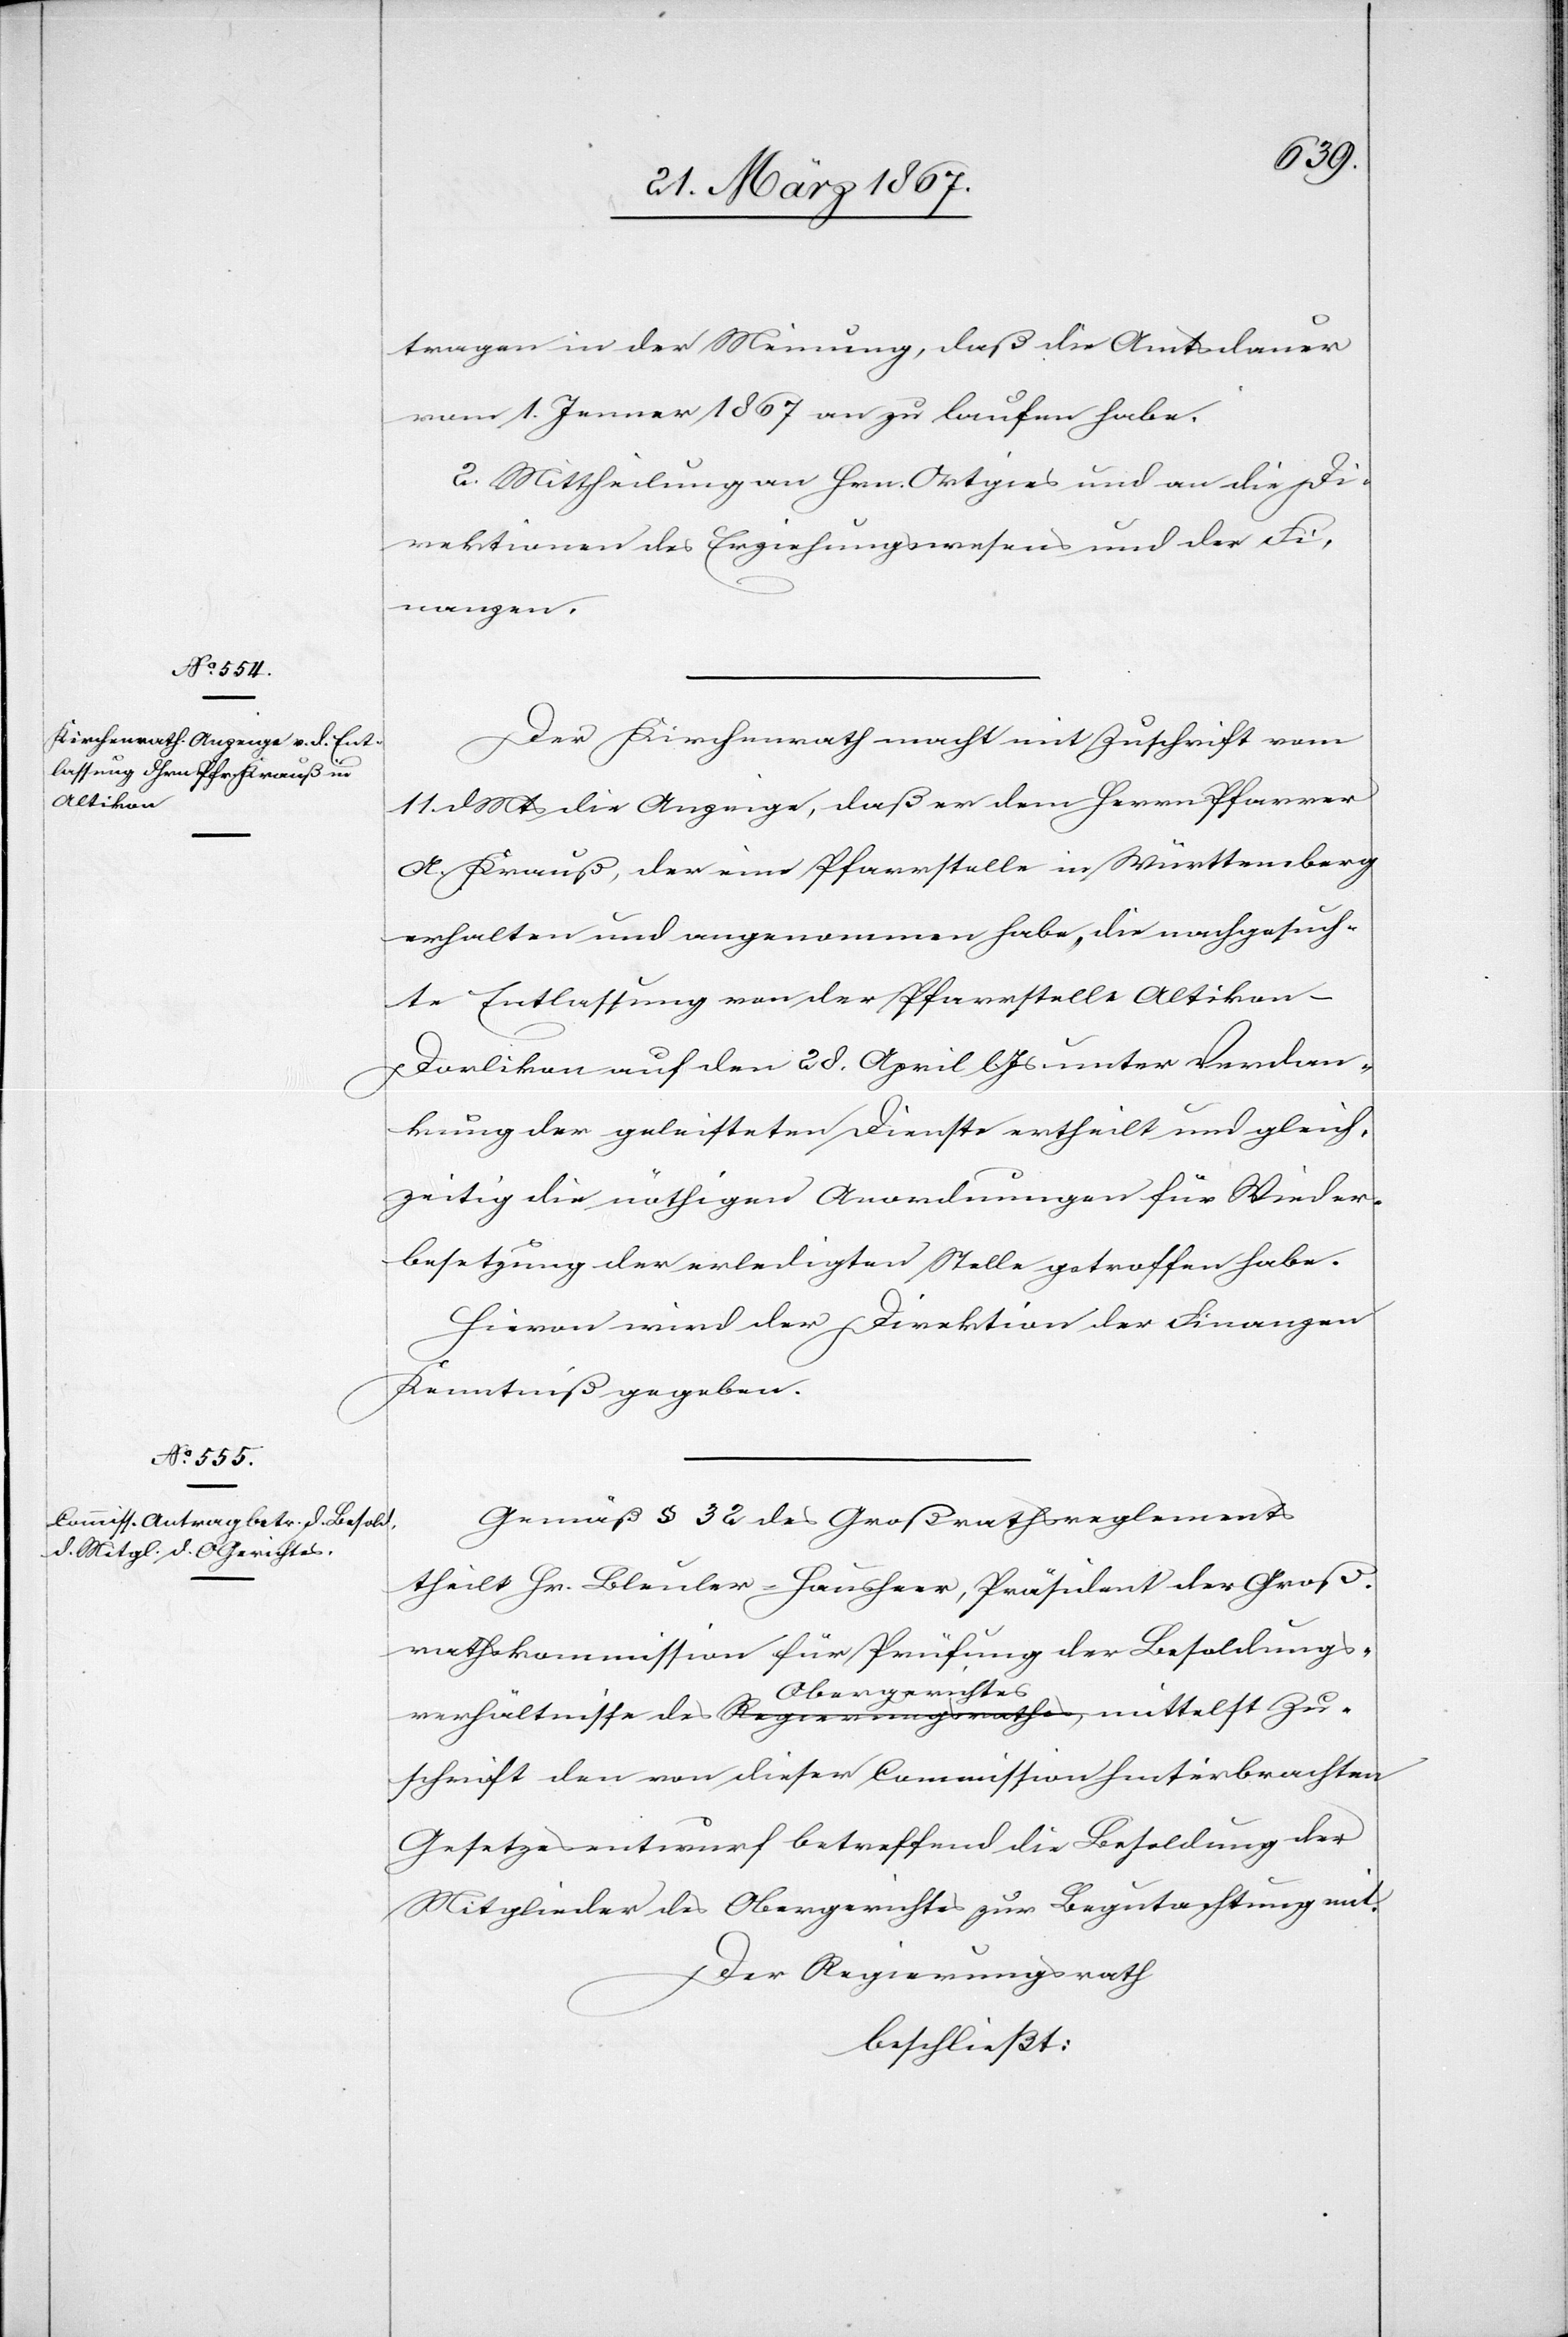
tragen in der Meinung, daß die Amtsdauer
vom 1. Jenner 1867 an zu laufen habe.
2. Mittheilung an Hrn. Ortgies und an die Di¬
rektionen des Erziehungswesens und der Fi¬
nanzen.
Der Kirchenrath macht mit Zuschrift vom
11. d. Mts die Anzeige, daß er dem Herrn Pfarrer
A. Krauß, der eine Pfarrstelle in Württemberg
erhalten und angenommen habe, die nachgesuch¬
te Entlassung von der Pfarrstelle Altikon-D¬
orlikon auf den 28. April l. Js unter Verdan¬
kung der geleisteten Dienste ertheilt und gleich¬
zeitig die nöthigen Anordnungen für Wieder¬
besetzung der erledigten Stelle getroffen habe.
Hievon wird der Direktion der Finanzen
Kenntniß gegeben.
Gemäß § 32 des Großrathsreglements
theilt Hr. Bleuler-Hausheer, Präsident der Groß¬
rathskommission für Prüfung der Besoldungs¬
verhältnisse des Obergerichtes mittelst Zu¬
schrift den von dieser Commission hinterbrachten
Gesetzesentwurf betreffend die Besoldung der
Mitglieder des Obergerichtes zur Begutachtung mit.
Der Regierungsrath
beschließt: